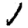
Digit: 1